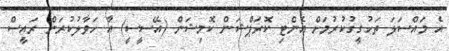
އެ މައްސަލަ ތަހުގީގުކުރުމަށް އެންޓި ކޮރަޕްޝަން ކޮމިޝަން (އޭސީސީ) އާ ހަވާލުކުރަން ރައީސް